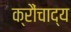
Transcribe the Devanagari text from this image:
क्रौंचाद्य